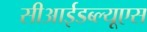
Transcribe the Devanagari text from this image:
सीआईडब्‍ल्‍यूएस